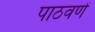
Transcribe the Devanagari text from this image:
पाठवणें